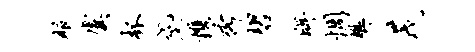
服虞杯黛携秀碧眸惆樊茂